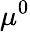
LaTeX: \mu^{0}